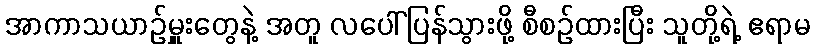
အာကာသယာဉ်မှူးတွေနဲ့ အတူ လပေါ်ပြန်သွားဖို့ စီစဉ်ထားပြီး သူတို့ရဲ့ ဧရာမ